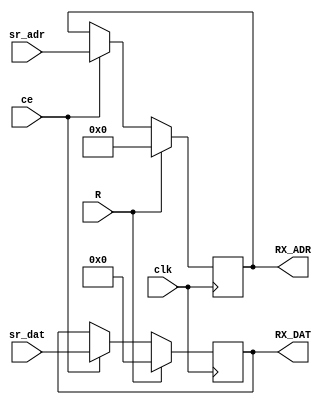
module BUF32bit(input ce,            output reg [23:0] RX_DAT = 0,
                input [23:0] sr_dat, output reg [ 7:0] RX_ADR = 0,
                input [ 7:0] sr_adr,
                input clk,
                input R);

  always @(posedge clk) begin
    RX_DAT <= R ? 0 : ce ? sr_dat : RX_DAT;
    RX_ADR <= R ? 0 : ce ? sr_adr : RX_ADR;
  end

endmodule